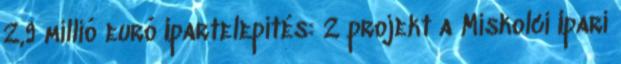
2,9 millió euró Ipartelepítés: 2 projekt a Miskolci Ipari